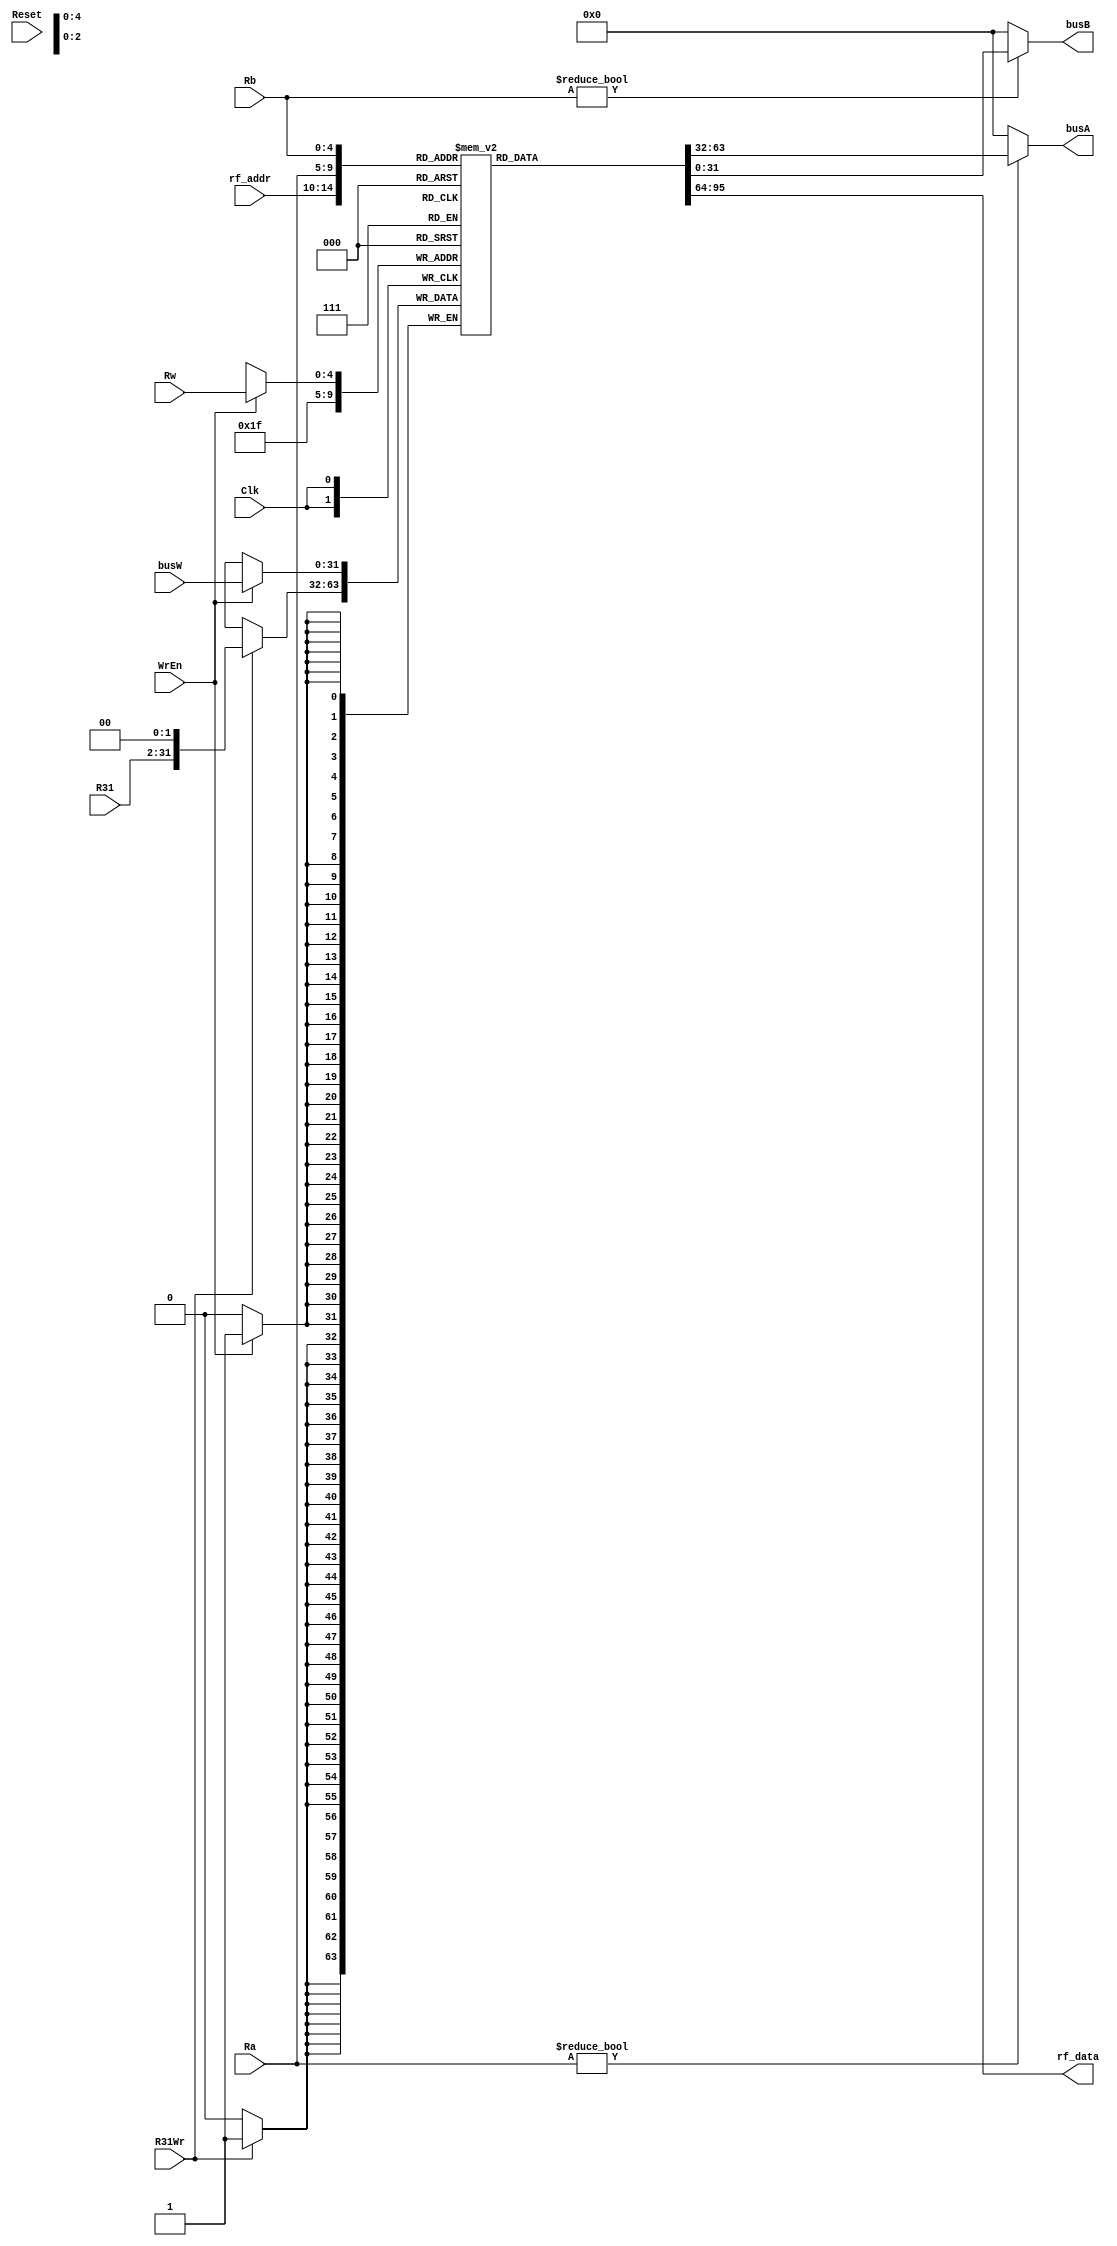
`timescale 1ns / 1ps

module rf(Clk,WrEn,Ra,Rb,Rw,busW,busA,busB,R31Wr,R31,rf_addr,rf_data,Reset);
	input           Reset;
	input 			Clk;
	input 			WrEn;
	input  [4:0]	Ra,Rb,Rw;
	input  [31:0]	busW;
	input  			R31Wr;
	input  [31:2]   R31;

	output [31:0]	busA,busB;
	reg    [31:0] 	R[0:31];


	//----{link to ISE}begin
	input      [4:0]    rf_addr;
	output reg [31:0]   rf_data;

	always @(*) begin 
		rf_data <= R[rf_addr];
	end
	//----{link to ISE}end


	integer i;
	initial begin		
		for (i=0;i<32;i=i+1) R[i] = 0;
		//R[8] =  32'd5;
		//R[9] =  32'd1;
		//R[10] = 32'b0;
		//R[11] = 32'b0;
		//R[12] = 32'd2;
	end

	/*always @(posedge Clk) begin
		if (Reset) 
			for (i=0;i<32;i=i+1) R[i] <= 0;
	end*/
	always @(posedge Clk)	begin//Rw1
		if(WrEn)  R[Rw] <= busW;	//
		if(R31Wr) R[31] <= {R31, 2'b0};
		//$display(ex_Ra);
		//$display(R[ex_Ra]);
	end

	assign busA = (Ra != 5'd0)? R[Ra]: 32'd0;
	assign busB = (Rb != 5'd0)? R[Rb]: 32'd0;
endmodule